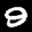
Label: 9